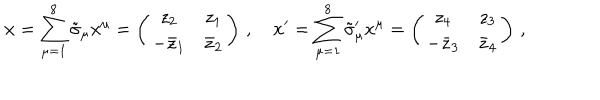
LaTeX: \mathbf { x } = \sum _ { \mu = 1 } ^ { 8 } \tilde { \sigma } _ { \mu } x ^ { \mu } = \left( \begin{array} { c c } { { z _ { 2 } } } & { { z _ { 1 } } } \\ { { - \bar { z } _ { 1 } } } & { { \bar { z } _ { 2 } } } \\ \end{array} \right) \, , \quad \mathbf { x } ^ { \prime } = \sum _ { \mu = 1 } ^ { 8 } \tilde { \sigma } _ { \mu } ^ { \prime } x ^ { \mu } = \left( \begin{array} { c c } { { z _ { 4 } } } & { { z _ { 3 } } } \\ { { - \bar { z } _ { 3 } } } & { { \bar { z } _ { 4 } } } \\ \end{array} \right) \, ,